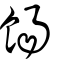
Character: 餳